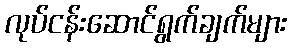
လုပ်ငန်းဆောင်ရွက်ချက်များ